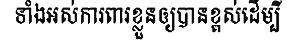
ទាំងអស់ការពារខ្លួនឲ្យបានខ្ពស់ដើម្បី